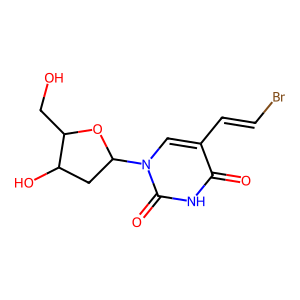
SMILES: O=c1[nH]c(=O)n(C2CC(O)C(CO)O2)cc1C=CBr
Inhibits HIV replication: No